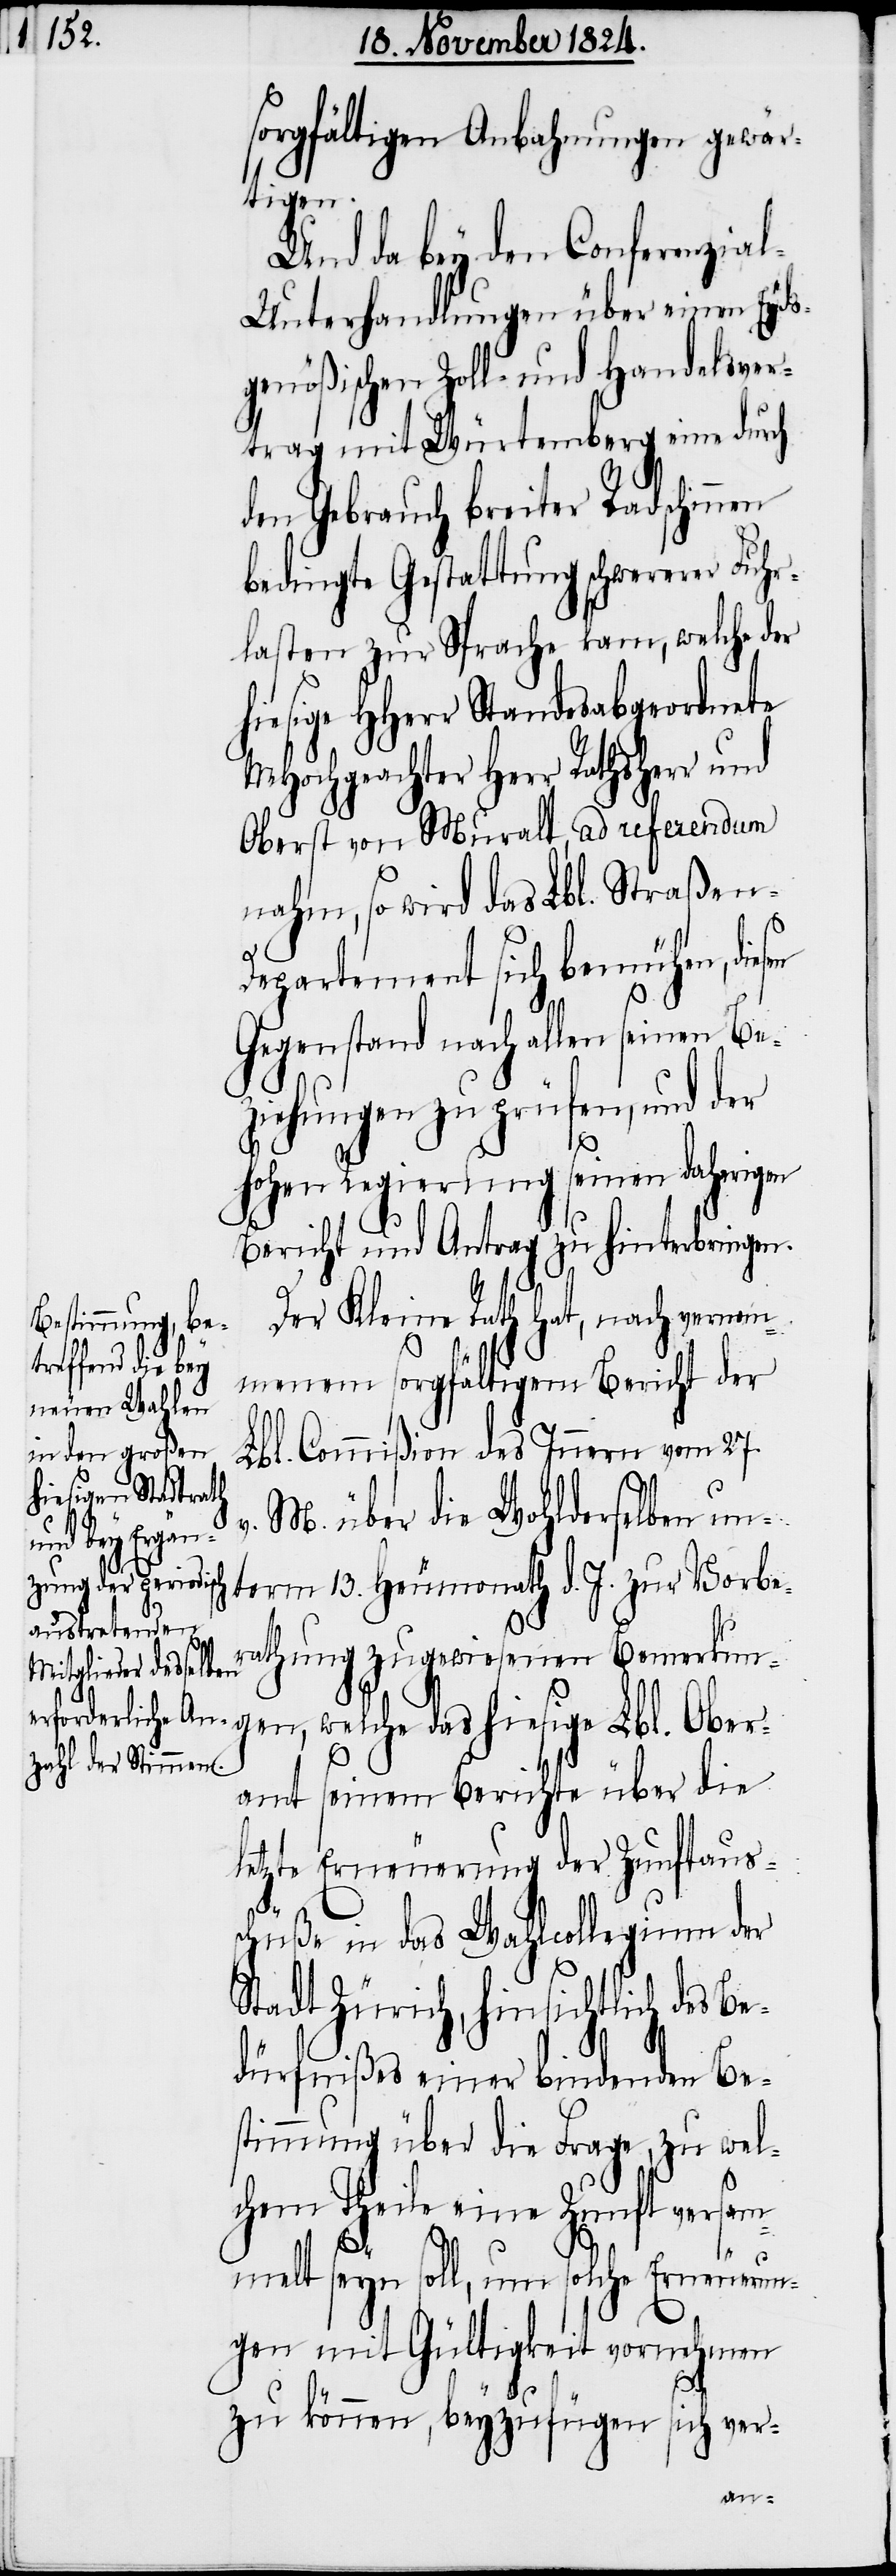
sorgfältigen Anbahnungen gewär¬
tigen.
Und da bey den Conferenzia¬
l-Unterhandlungen über einen Eyds¬
genößischen Zoll- und Handelsver¬
trag mit Würtemberg eine durch
den Gebrauch breiter Radschinnen
bedingte Gestattung schwerer Fuhr¬
lasten zur Sprache kam, welche der
hiesige HHerr Standesabgeordnete
MHochgeachter Herr Rathsherr und
Oberst von Muralt, ad referendum
nahm, so wird das Lbl. Straßen-D¬
epartement sich bemühen, die¬
Gegenstand nach allen seinen Be¬
ziehungen zu prüfen, und der
hohen Regierung seinen daherigen
Bericht und Antrag zu hinterbringen.
Der Kleine Rath hat, nach vernom¬
menem sorgfältigem Bericht der
Lbl. Commißion des Innern vom 27.
v. M. über die Wohlderselben un¬
term 13. Heumonath d. J. zur Vorbe¬
ratung zugewiesenen Bemerkun¬
gen, welche das hiesige Lbl. Ober¬
amt seinem Berichte über die
letzte Erneuerung der Zunftaus¬
schüße in das Wahlcollegium der
Stadt Zürich, hinsichtlich des Be¬
dürfnißes einer bindenden Be¬
stimmung über die Frage, zu wel¬
chem Theile eine Zunft versam¬
melt seyn soll, um solche Erneuerun¬
gen mit Gültigkeit vornehmen
sen
zu können, beyzufügen sich ver-